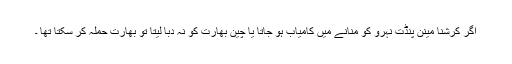
اگر کرشنا مینن پنڈت نہرو کو منانے میں کامیاب ہو جاتا یا چین بھارت کو نہ دبا لیتا تو بھارت حملہ کر سکتا تھا ۔